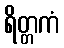
ရိတ္တကံ